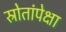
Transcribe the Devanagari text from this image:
स्रोतांपेक्षा